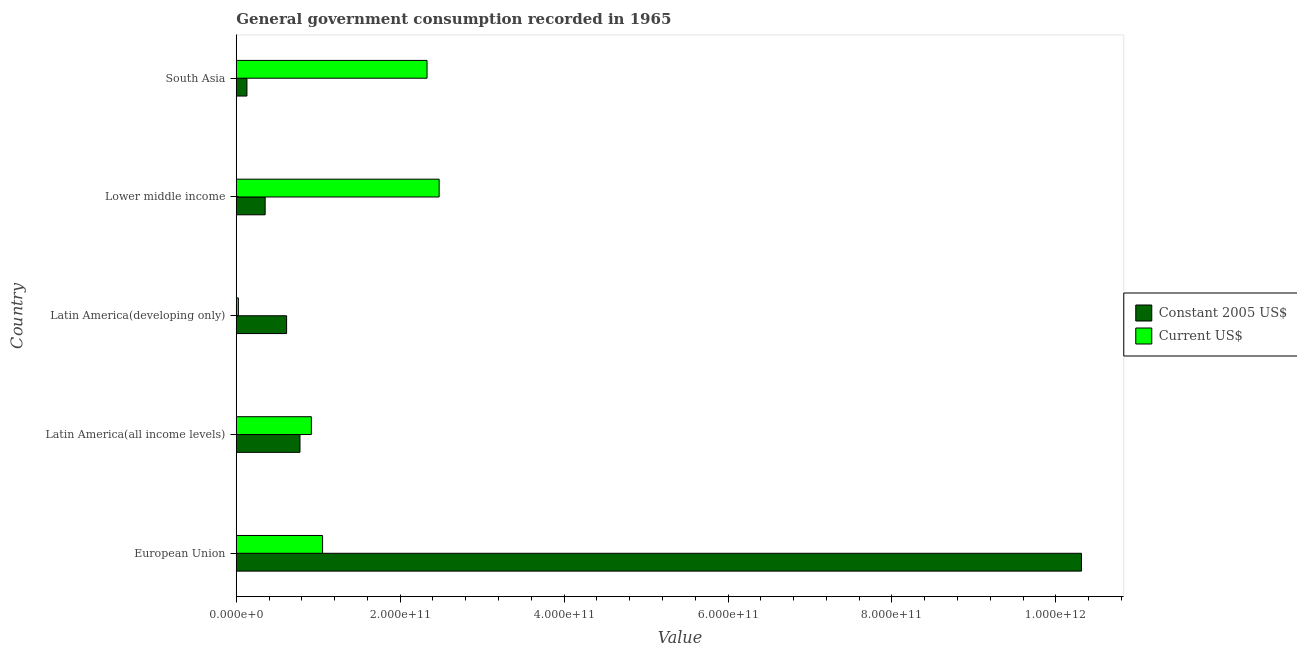
| Country | Constant 2005 US$ | Current US$ |
 | --- | --- | --- |
 | European Union | 1.03e+12 | 1.05e+11 |
 | Latin America(all income levels) | 7.77e+10 | 9.17e+10 |
 | Latin America(developing only) | 6.14e+10 | 2.61e+09 |
 | Lower middle income | 3.53e+10 | 2.48e+11 |
 | South Asia | 1.3e+10 | 2.33e+11 |